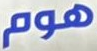
هوم